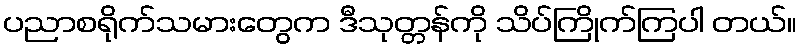
ပညာစရိုက်သမားတွေက ဒီသုတ္တန်ကို သိပ်ကြိုက်ကြပါ တယ်။